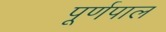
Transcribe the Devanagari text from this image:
पूर्णपाल